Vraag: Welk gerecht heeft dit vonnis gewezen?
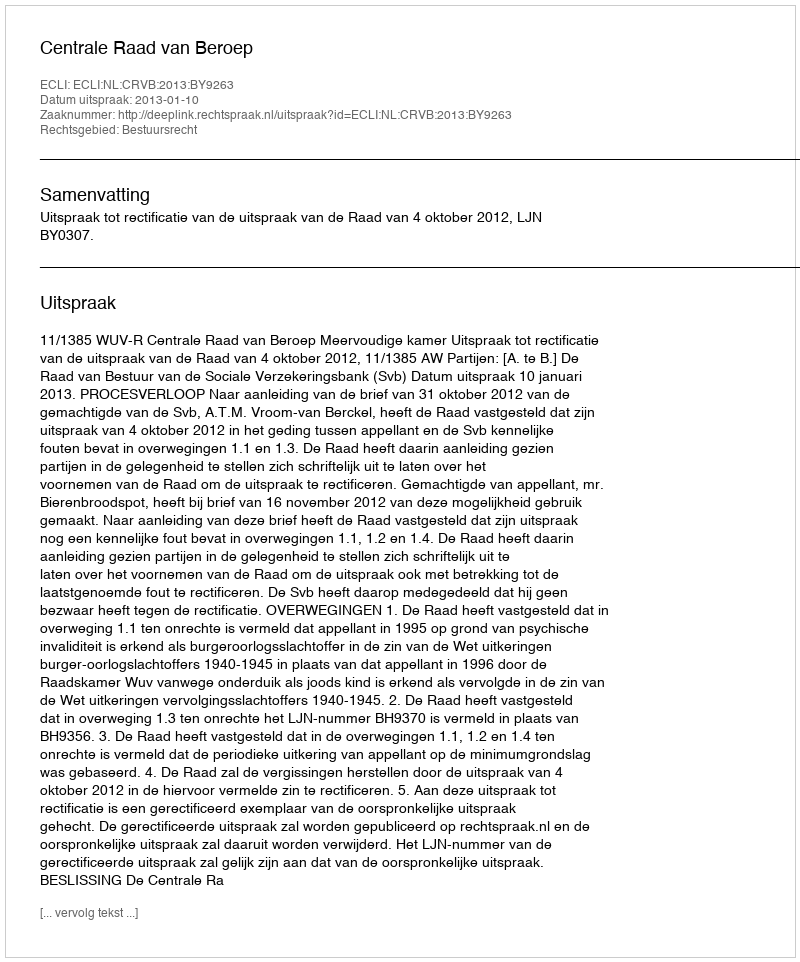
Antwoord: Centrale Raad van Beroep